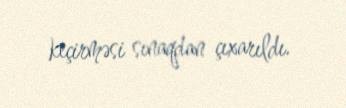
keçirməsi sınaqdan çıxarıldı.